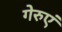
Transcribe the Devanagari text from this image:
गेरुएं